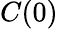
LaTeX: C(0)